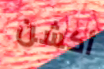
أكشن